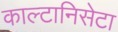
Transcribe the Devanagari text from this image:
काल्टानिसेटा